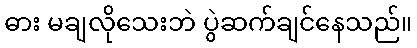
ဓား မချလိုသေးဘဲ ပွဲဆက်ချင်နေသည်။